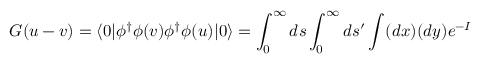
G ( u - v ) = \langle 0 | \phi ^ { \dagger } \phi ( v ) \phi ^ { \dagger } \phi ( u ) | 0 \rangle = \int _ { 0 } ^ { \infty } d s \int _ { 0 } ^ { \infty } d s ^ { \prime } \int ( d x ) ( d y ) e ^ { - I }